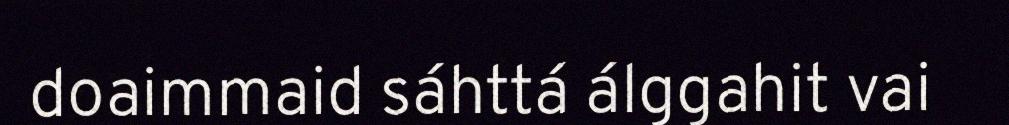
doaimmaid sáhttá álggahit vai